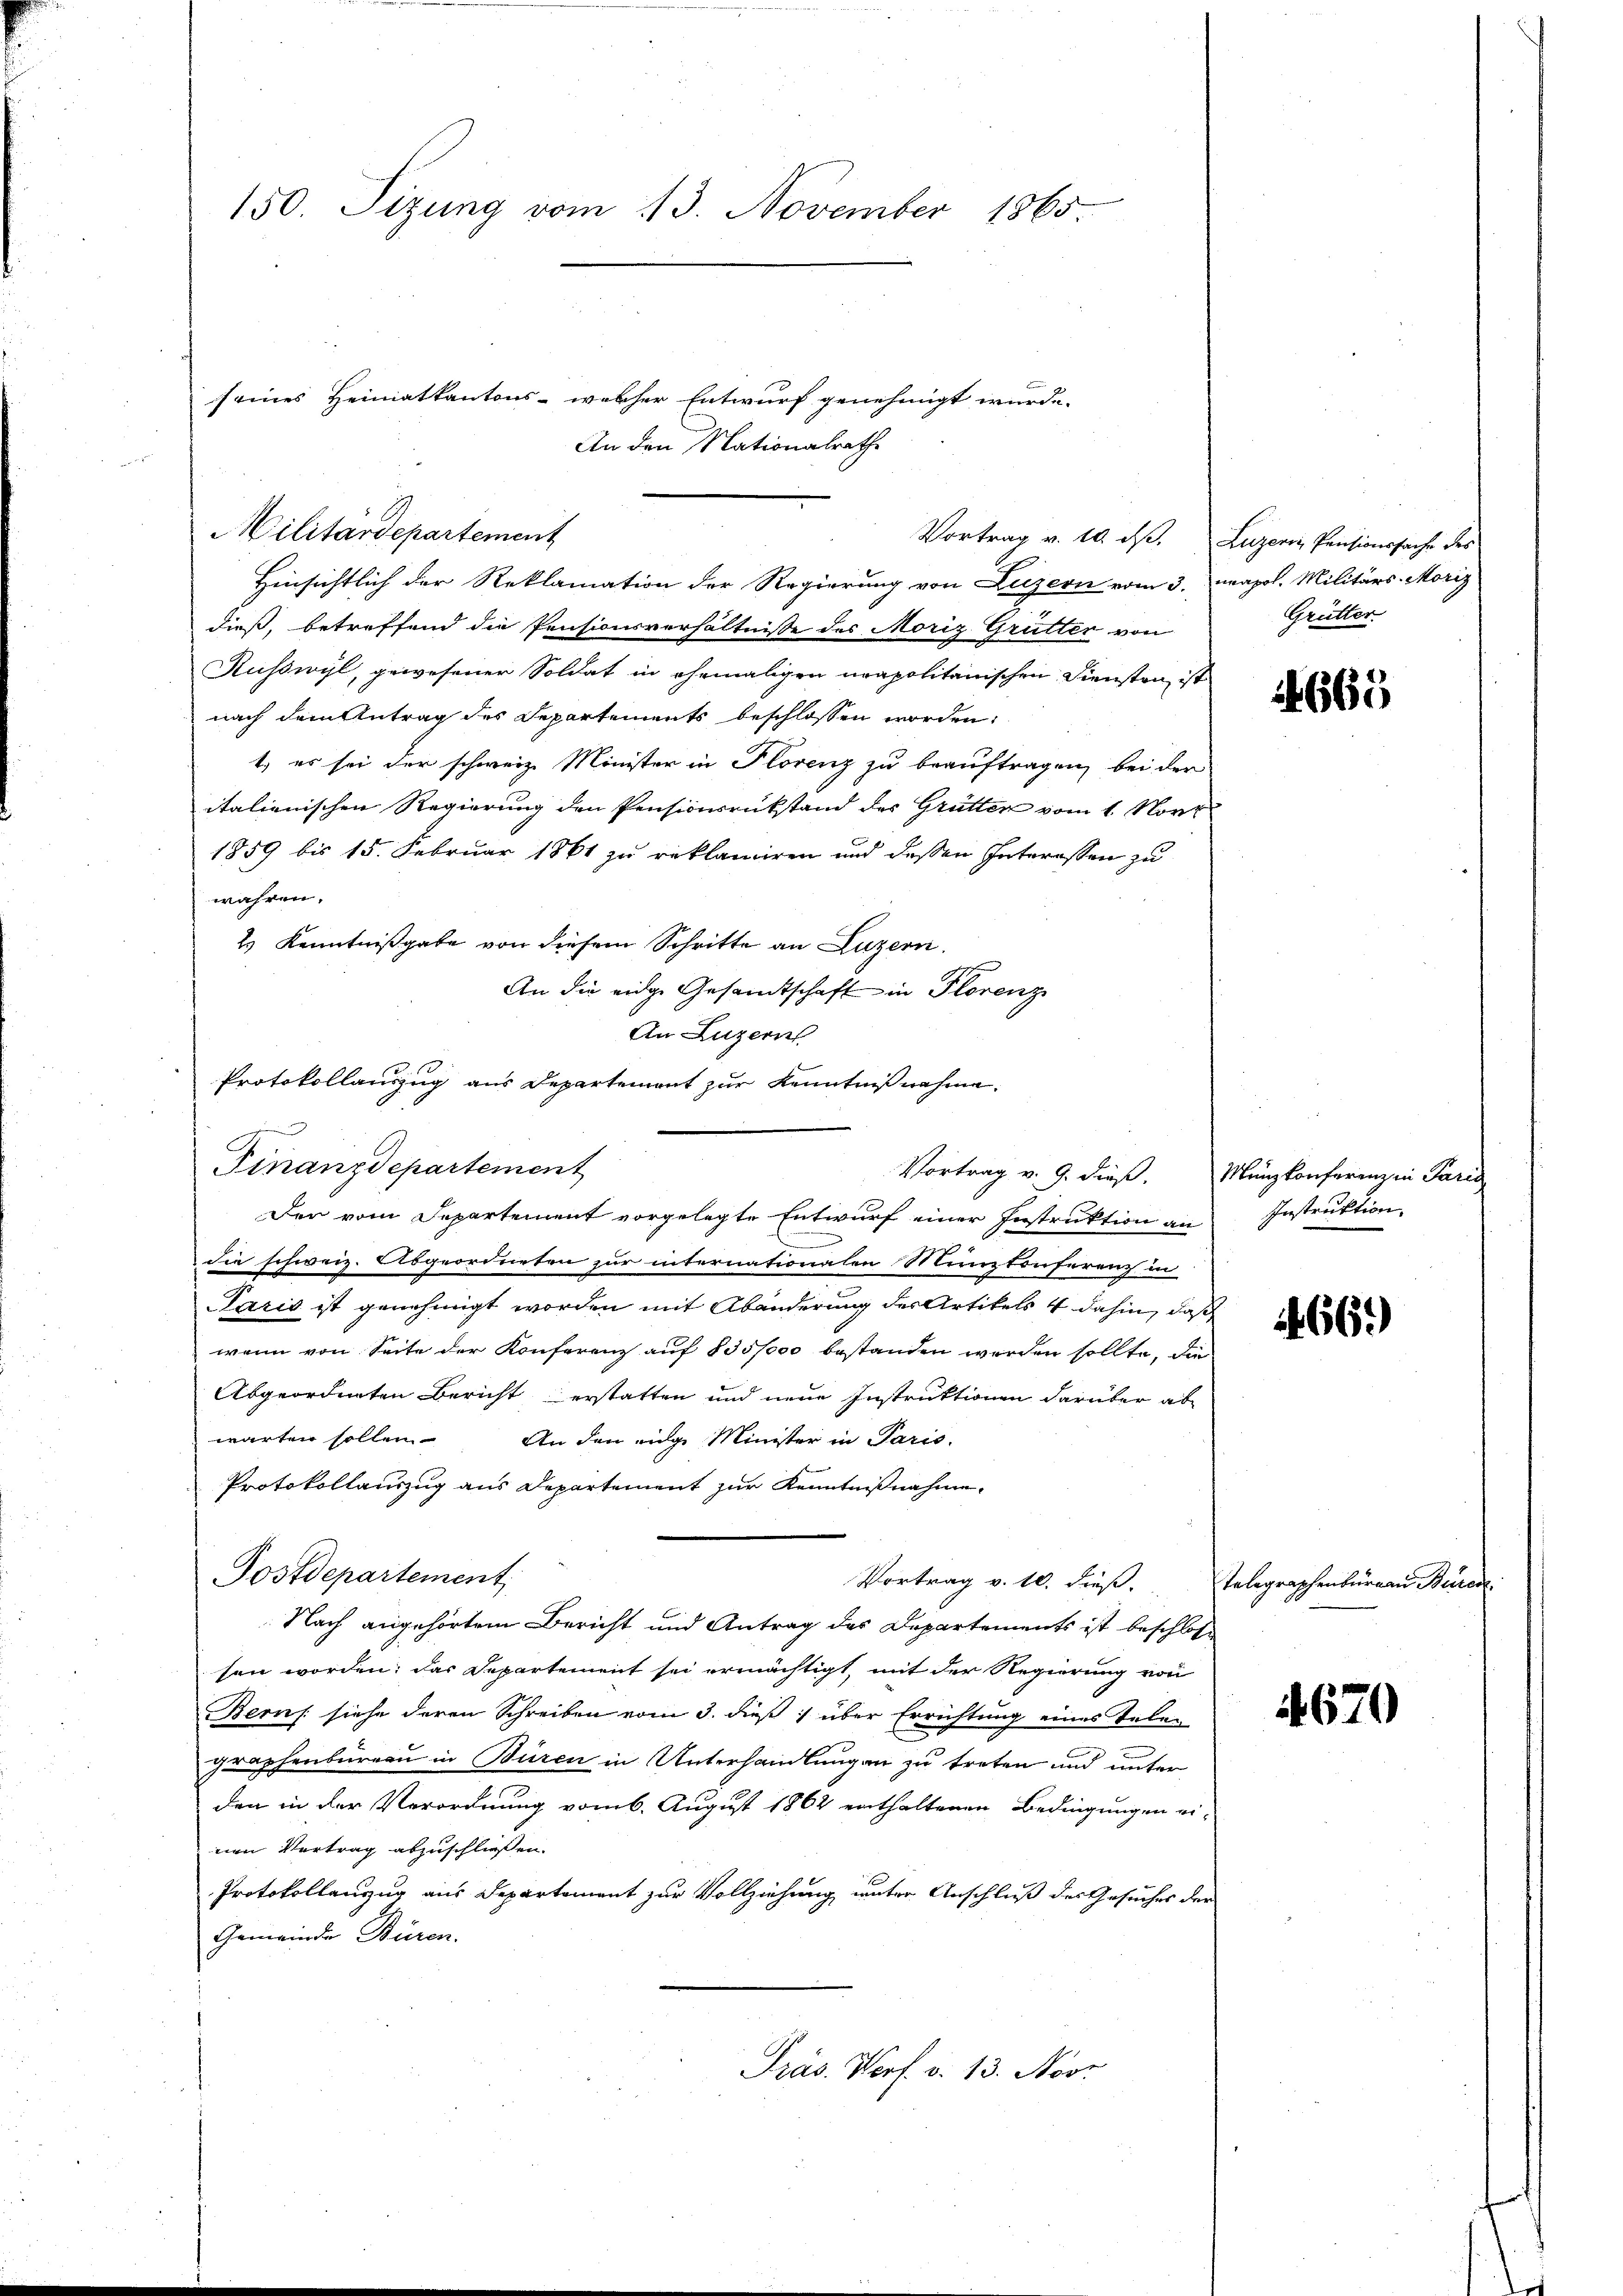
150. Sizung vom 13. November 1865.

r
Hinsichtlich der Reklamation der Regierung von Luzern vom 3. napol. Militärs- Moriz
dieß, betreffend die Pensionsverhältnisse des Moriz Grütter von
Kußwyl, gewesener Soldat in ehemaligen neapolitanischen Diensten ist
nach dem Antrag des Departements beschlossen worden:
t., es sei der schweiz. Minister in Florenz zu beauftragen, bei der
italienischen Regierung den Pensionsrükstand des Grütter vom 1. Nove
1859 bis 15. Februar 1861 zu reklamiren und dessen Interessen zu
wahren.
2) Kenntnißgabe von diesem Schritte an Luzern.
An die eidge Gesandtschaft in Florenz
An Luzern
Protokollauszug aus Departement zur Kenntnißnahme.

Militärdepartement

Finanzdepartement

seines Heimatkantons - welcher Entwurf genehmigt wurde.
An den Nationalrathe

Der vom Departement vorgelegte Entwurf einer Instruktion an
Sie schweiz. Abgeordneten zur internationalen Minutonferenz in
Paris ist genehmigt worden mit Abänderung des Artikels 4 dahin, daß
wenn von Seite der Konferenz auf § 35,000 bestanden werden sollte, die
Abgeordneten Bericht erstatten und neue Instruktionen darüber ab
warten sollen. An den eige Minister in Paris.
Protokollauszug aus Departement zur Kenntnißnahme.
Postdepartement,
Vortrag v. 10. dieß.
Nach angehörtem Bericht und Antrag des Departements ist beschlosse
sen worden; das Departement sei ermächtigt, mit der Regierung von
Bern: siehe deren Schreiben vom 3. dieß über Errichtung eines Telen
graphenbureau in Büren in Unterhandlungen zu treten und unter
den in der Verordnung vom 6. August 1862 enthaltenen Bedingungen ei-
nen Vertrag abzuschliessen.
Protokollanzug aus Departement zur Vollziehung unter Anschluß des Gesuches der
Gemeinde Büren.
Präs. Verf. v. 13. Nove

Vortrag v. 10. d. Luzern Pensionssache des
Grütter

4669

Vortrag v. 9. dieß. Münzkonferenz in Paris
Instruktion.

4669

Telegraphenburgau Burea

4670